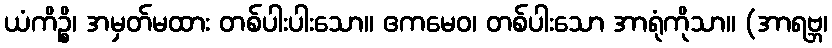
ယံကိဉ္စိ၊ အမှတ်မထား တစ်ပါးပါးသော။ ဧကမေဝ၊ တစ်ပါးသော အာရုံကိုသာ။ (အာရဗ္ဘ၊